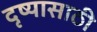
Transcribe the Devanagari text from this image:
दृष्यासाठी